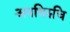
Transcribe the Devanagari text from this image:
अनभिरुचि